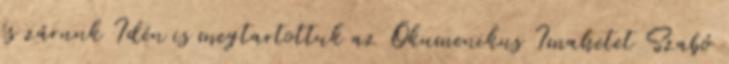
és zárunk Idén is megtartottuk az Ökumenikus Imahetet Szabó